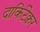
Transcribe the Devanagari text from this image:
दार्किटेक्चर